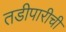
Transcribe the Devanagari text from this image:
तडीपारीची